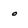
Character: o